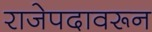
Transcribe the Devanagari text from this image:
राजेपदावरून